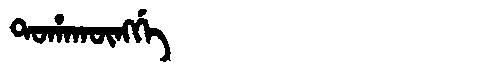
Manchu: ᡨᠣᡥᠠᡴᡡᠩᡤᡝ
Romanization: TOHAKŪNGGE